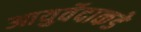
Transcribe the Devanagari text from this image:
आयुर्वेदाकडे